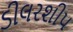
ડીલરશીપ